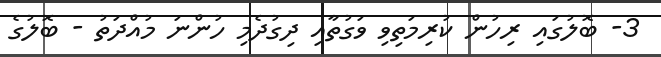
3- ބޮލުގައި ރިހުން ކުރިމަތިވި ވަގުތާއި ދިގުދެމި ހުންނަ މުއްދަތު - ބޮލުގެ